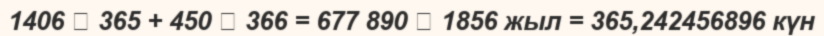
1406  365 + 450  366 = 677 890  1856 жыл = 365,242456896 күн